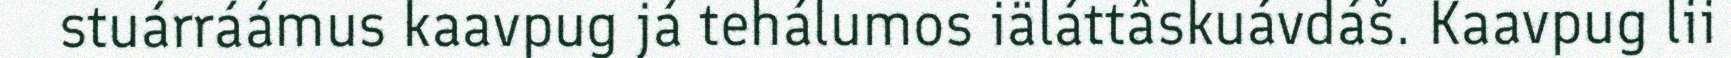
stuárráámus kaavpug já tehálumos iäláttâskuávdáš. Kaavpug lii